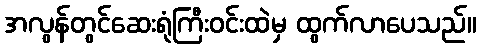
အလွန်တွင်ဆေးရုံကြီးဝင်းထဲမှ ထွက်လာပေသည်။